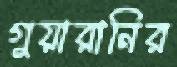
গুয়ারানির